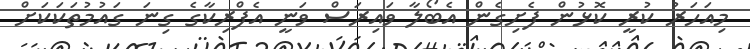
މިއަހަރު ކުރީ ކޮޅުން ފެށިގެން އެބޯލާ ވައިރަސް ވަނީ އެފްރިކާގެ ގިނަ ގައުމުތަކަކަށް